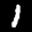
Label: 1